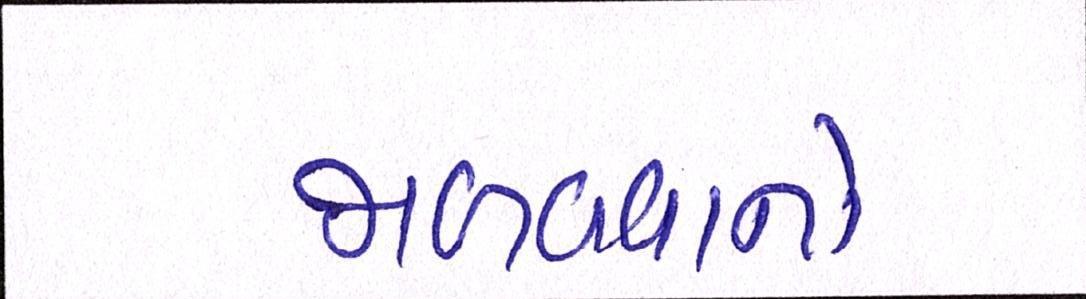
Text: જાળવવાનો